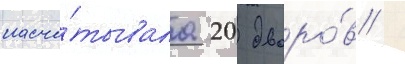
насчи́тывала 20 дворо́в /